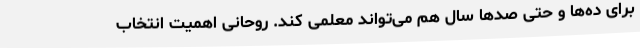
برای ده‌ها و حتی صدها سال هم می‌تواند معلمی کند. روحانی اهمیت انتخاب